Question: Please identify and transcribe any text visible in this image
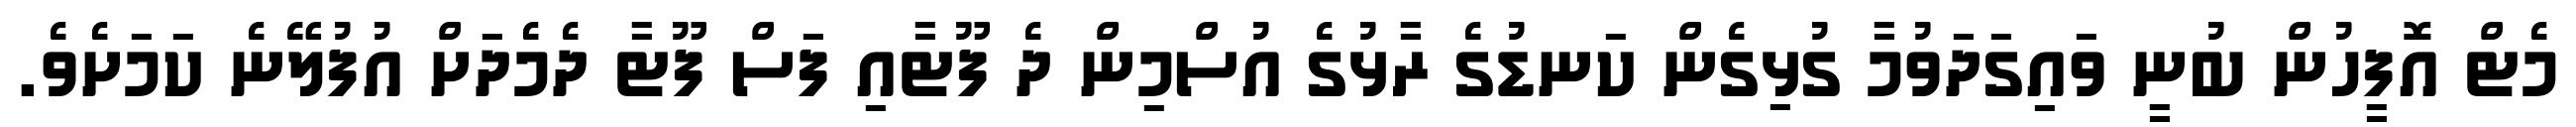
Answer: މެޓް އޮފީހުން ބުނީ ވައިގަދަވުމާ ގުޅިގެން ކަނޑުގެ ރާޅުގެ އުސްމިން ދެ ފޫޓާއި ފަސް ފޫޓާ ދެމެދަށް އުފުލޭނެ ކަމަށެވެ.